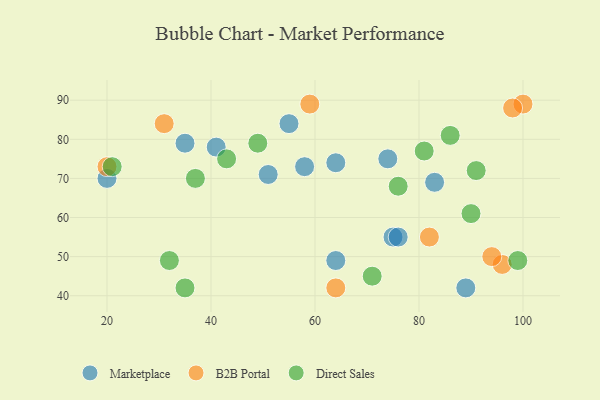
{"axis": {"x": "GDP", "y": "Life Expectancy"}, "legend": ["B2B Portal", "Direct Sales", "Marketplace"], "data": [{"x": "64", "y": 49, "type": "Marketplace"}, {"x": "20", "y": 70, "type": "Marketplace"}, {"x": "75", "y": 55, "type": "Marketplace"}, {"x": "35", "y": 79, "type": "Marketplace"}, {"x": "83", "y": 69, "type": "Marketplace"}, {"x": "76", "y": 55, "type": "Marketplace"}, {"x": "55", "y": 84, "type": "Marketplace"}, {"x": "51", "y": 71, "type": "Marketplace"}, {"x": "64", "y": 74, "type": "Marketplace"}, {"x": "41", "y": 78, "type": "Marketplace"}, {"x": "74", "y": 75, "type": "Marketplace"}, {"x": "89", "y": 42, "type": "Marketplace"}, {"x": "58", "y": 73, "type": "Marketplace"}, {"x": "20", "y": 73, "type": "B2B Portal"}, {"x": "100", "y": 89, "type": "B2B Portal"}, {"x": "98", "y": 88, "type": "B2B Portal"}, {"x": "82", "y": 55, "type": "B2B Portal"}, {"x": "96", "y": 48, "type": "B2B Portal"}, {"x": "64", "y": 42, "type": "B2B Portal"}, {"x": "94", "y": 50, "type": "B2B Portal"}, {"x": "31", "y": 84, "type": "B2B Portal"}, {"x": "59", "y": 89, "type": "B2B Portal"}, {"x": "32", "y": 49, "type": "Direct Sales"}, {"x": "37", "y": 70, "type": "Direct Sales"}, {"x": "71", "y": 45, "type": "Direct Sales"}, {"x": "35", "y": 42, "type": "Direct Sales"}, {"x": "99", "y": 49, "type": "Direct Sales"}, {"x": "43", "y": 75, "type": "Direct Sales"}, {"x": "91", "y": 72, "type": "Direct Sales"}, {"x": "90", "y": 61, "type": "Direct Sales"}, {"x": "21", "y": 73, "type": "Direct Sales"}, {"x": "86", "y": 81, "type": "Direct Sales"}, {"x": "81", "y": 77, "type": "Direct Sales"}, {"x": "49", "y": 79, "type": "Direct Sales"}, {"x": "76", "y": 68, "type": "Direct Sales"}]}